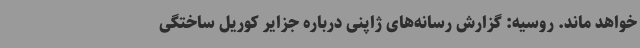
خواهد ماند. روسیه: گزارش رسانه‌های ژاپنی درباره جزایر کوریل ساختگی